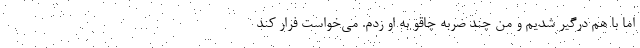
اما با هم درگیر شدیم و من چند ضربه چاقو به او زدم. می‌خواست فرار کند